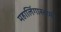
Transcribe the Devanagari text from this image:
महालिंगास्वामी